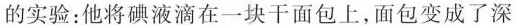
的实验：他将碘液滴在一块干面包上，面包变成了深